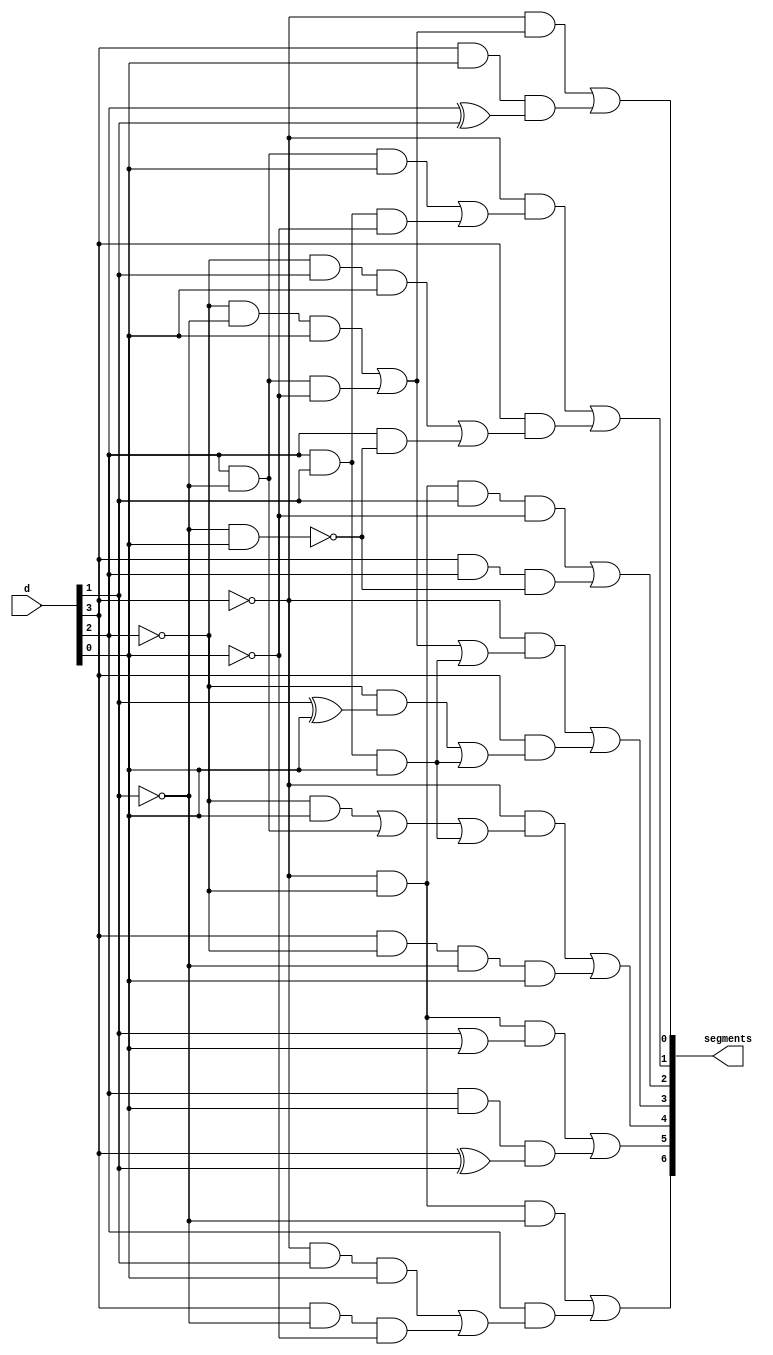
// code previously from Adam Silverman's lab 2
module seg7(
    input [3:0] d,
    output [6:0] segments
);
	assign segments[6] = (~d[3] & ~d[2] & ~d[1]) | (d[2] & ((~d[3] & d[1] & d[0]) | (d[3] & ~d[1] & ~d[0])));
	assign segments[5] = ((~d[3] & ~d[2]) & (d[1] | d[0])) | ((d[2] & d[0]) & (d[3] ^ d[1]));
	assign segments[4] = (~d[3] & ((~d[2] & d[0]) | (d[2] & ~d[1]) | (d[2] & d[1] & d[0]))) | (d[3] & ~d[2] & ~d[1] & d[0]);
	assign segments[3] = (~d[3] & ((~d[2] & ~d[1] & d[0]) | (d[2] & ~d[1] & ~d[0]) | (d[2] & d[1] & d[0]))) | (d[3] & ((~d[2] & (d[1] ^ d[0])) | (d[2] & d[1] & d[0])));
	assign segments[2] = (~d[3] & ~d[2] & d[1] & ~d[0]) | (d[3] & d[2] & ~(~d[1] & d[0]));
	assign segments[1] = (~d[3] & ((d[2] & ~d[1] & d[0]) | (d[2] & d[1] & ~d[0]))) | (d[3] & ((~d[2] & d[1] & d[0]) | (d[2] & ~(~d[1] & d[0]))));
	assign segments[0] = (~d[3] & ((~d[2] & ~d[1] & d[0]) | (d[2] & ~d[1] & ~d[0]))) | (d[3] & d[0] & (d[2] ^ d[1]));
endmodule